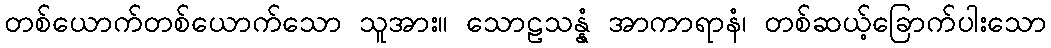
တစ်ယောက်တစ်ယောက်သော သူအား။ သောဠသန္နံ အာကာရာနံ၊ တစ်ဆယ့်ခြောက်ပါးသော